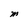
Character: M